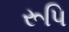
રૂપિ